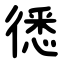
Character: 㣰